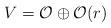
LaTeX: \begin{align*}V={\cal{O}}\oplus {\cal{O}}(r) \end{align*}